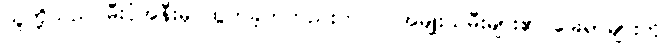
သူတို့သည် မီးပုံအနီးမှ ထွက်ခဲ့ကတည်းကပင် အမျိုးသမီးများ၏ ခြေရာများကို